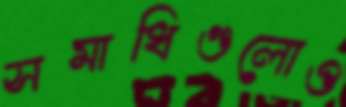
সমাধিগুলোও